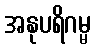
အနုပရိဂမ္မ